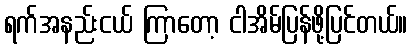
ရက်အနည်းငယ် ကြာတော့ ငါအိမ်ပြန်ဖို့ပြင်တယ်။